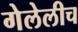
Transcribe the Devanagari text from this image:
गेलेलीच